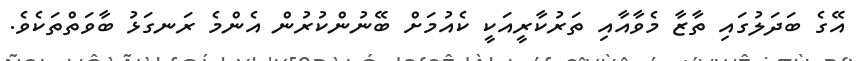
އޭގެ ބަދަލުގައި ތާޒާ މެވާއާއި ތަރުކާރީއަކީ ކެއުމަށް ބޭނުންކުރުން އެންމެ ރަނގަޅު ބާވަތްތަކެވެ.